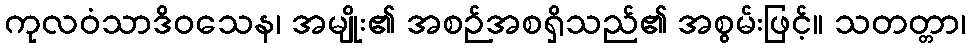
ကုလဝံသာဒိဝသေန၊ အမျိုး၏ အစဉ်အစရှိသည်၏ အစွမ်းဖြင့်။ သတတ္တာ၊